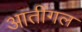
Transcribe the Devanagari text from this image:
आतींगल